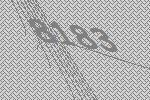
8183